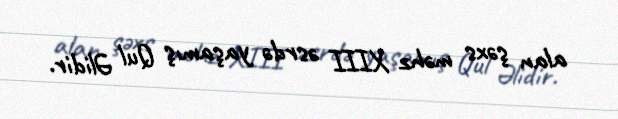
alan şəxs məhz XIII əsrdə yaşamış Qul Əlidir.